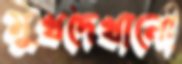
মুখদেখানো